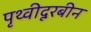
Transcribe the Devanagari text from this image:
पृथ्वीदूरबीन